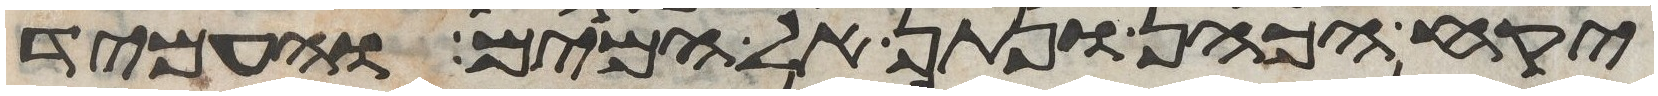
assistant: יקח הכהן ונתן אל המים והעמיד